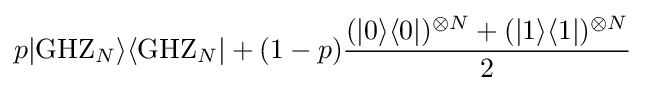
p|{\rm {GHZ}}_{N}\rangle \langle {\rm {GHZ}}_{N}|+(1-p){\frac {(|0\rangle \langle 0|)^{\otimes N}+(|1\rangle \langle 1|)^{\otimes N}}{2}}